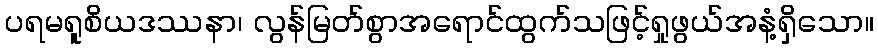
ပရမရူစိယဒဿနာ၊ လွန်မြတ်စွာအရောင်ထွက်သဖြင့်ရှုဖွယ်အနံ့ရှိသော။